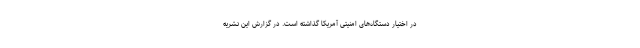
در اختیار دستگاه‌های امنیتی آمریکا گذاشته است. در گزارش این نشریه